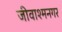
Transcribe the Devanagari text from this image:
जीवाश्मनगर